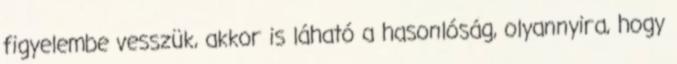
figyelembe vesszük, akkor is láható a hasonlóság, olyannyira, hogy